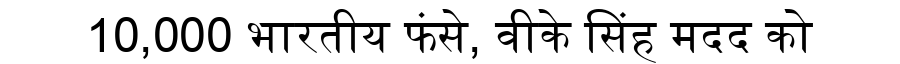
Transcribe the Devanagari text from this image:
10,000 भारतीय फंसे, वीके सिंह मदद को